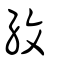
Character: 紋